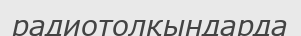
радиотолқындарда